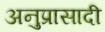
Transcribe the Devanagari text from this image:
अनुप्रासादी